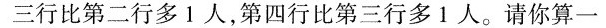
三行比第二行多1人，第四行比第三行多1人。请你算一